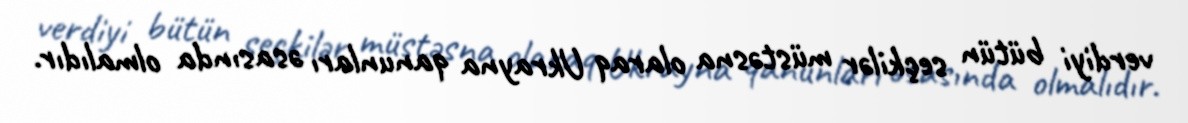
verdiyi bütün seçkilər müstəsna olaraq Ukrayna qanunları əsasında olmalıdır.